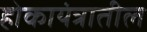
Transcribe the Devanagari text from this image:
होकायंत्रातील